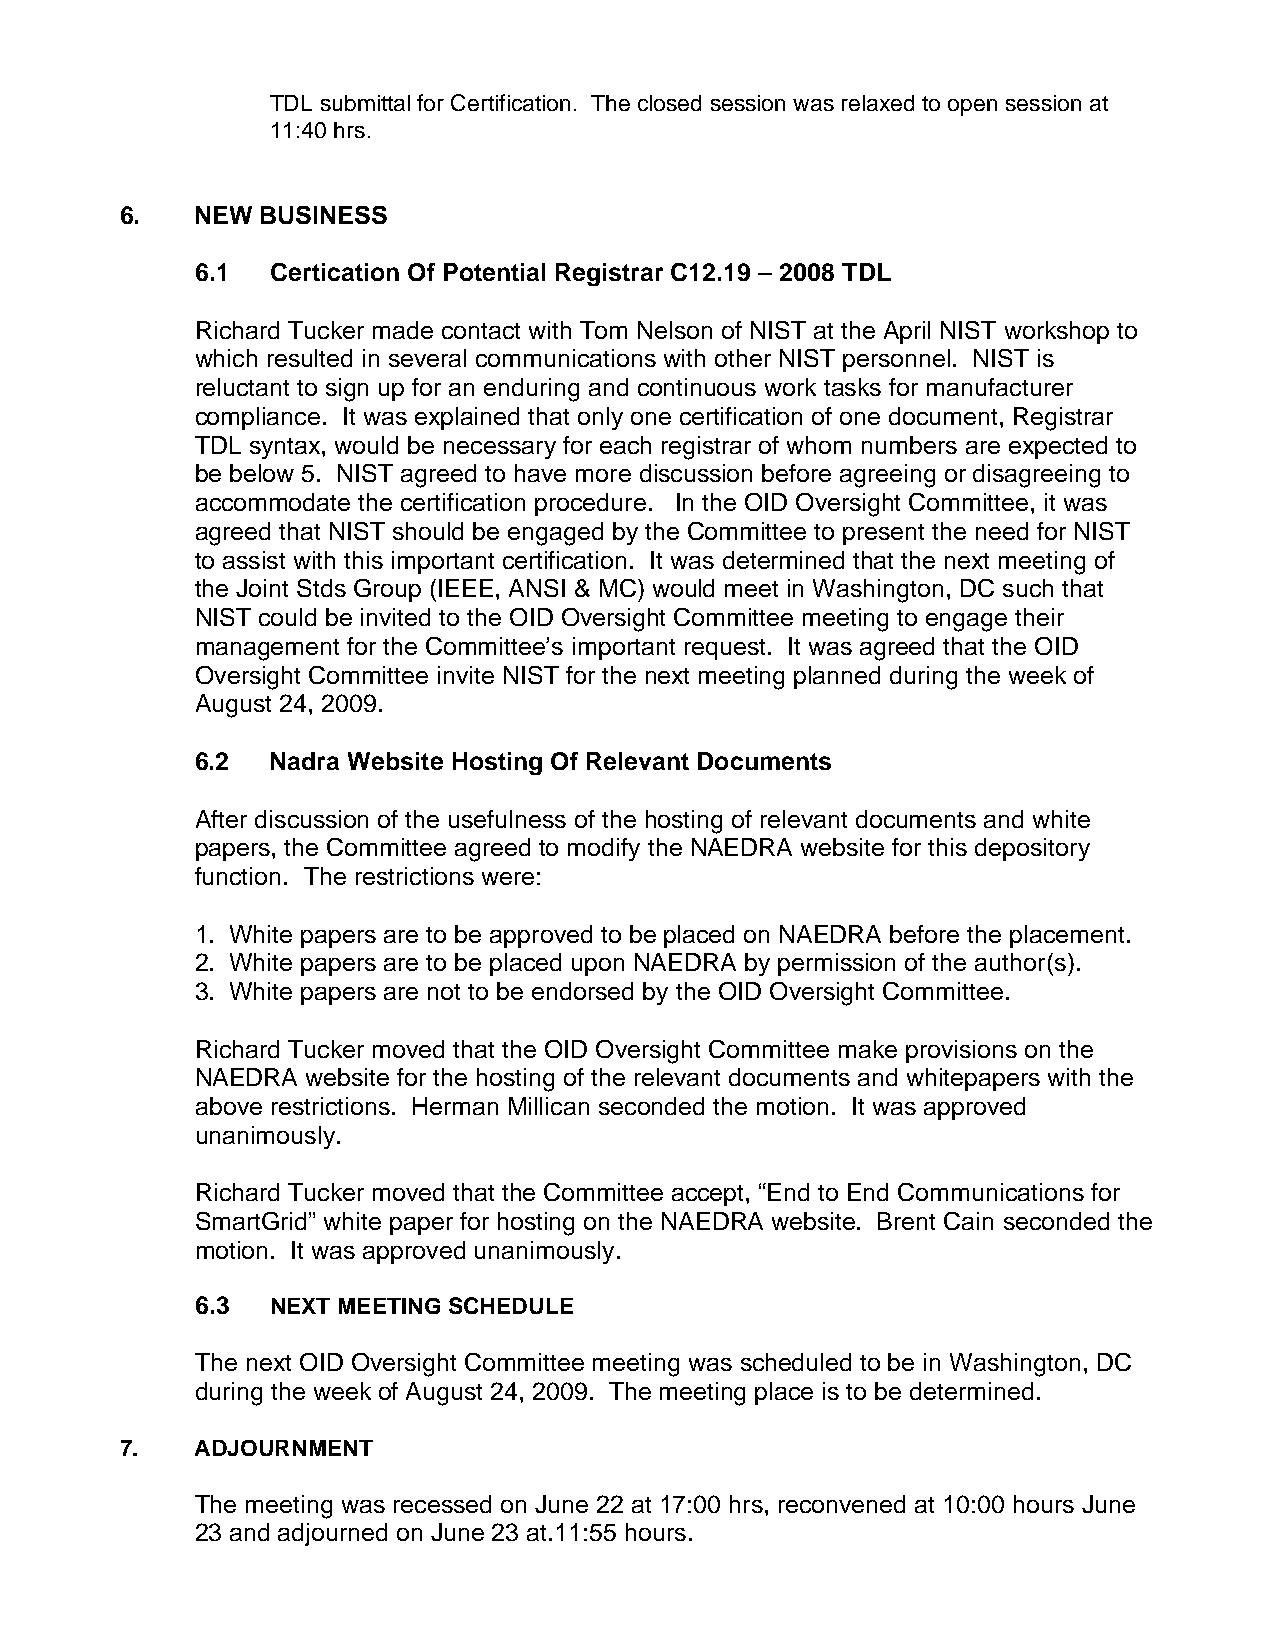
TDL submittal for Certification. The closed session was relaxed to open session at
 11:40 hrs.
 6.   NEW BUSINESS
 6.1  Certication Of Potential Registrar C12.19 – 2008 TDL
 Richard Tucker made contact with Tom Nelson of NIST at the April NIST workshop to
 which resulted in several communications with other NIST personnel. NIST is
 reluctant to sign up for an enduring and continuous work tasks for manufacturer
 compliance. It was explained that only one certification of one document, Registrar
 TDL syntax, would be necessary for each registrar of whom numbers are expected to
 be below 5. NIST agreed to have more discussion before agreeing or disagreeing to
 accommodate the certification procedure. In the OID Oversight Committee, it was
 agreed that NIST should be engaged by the Committee to present the need for NIST
 to assist with this important certification. It was determined that the next meeting of
 the Joint Stds Group (IEEE, ANSI & MC) would meet in Washington, DC such that
 NIST could be invited to the OID Oversight Committee meeting to engage their
 management for the Committee’s important request. It was agreed that the OID
 Oversight Committee invite NIST for the next meeting planned during the week of
 August 24, 2009.
 6.2  Nadra Website Hosting Of Relevant Documents
 After discussion of the usefulness of the hosting of relevant documents and white
 papers, the Committee agreed to modify the NAEDRA website for this depository
 function. The restrictions were:
 1. White papers are to be approved to be placed on NAEDRA before the placement.
 2. White papers are to be placed upon NAEDRA by permission of the author(s).
 3. White papers are not to be endorsed by the OID Oversight Committee.
 Richard Tucker moved that the OID Oversight Committee make provisions on the
 NAEDRA website for the hosting of the relevant documents and whitepapers with the
 above restrictions. Herman Millican seconded the motion. It was approved
 unanimously.
 Richard Tucker moved that the Committee accept, “End to End Communications for
 SmartGrid” white paper for hosting on the NAEDRA website. Brent Cain seconded the
 motion. It was approved unanimously.
 6.3  NEXT MEETING SCHEDULE
 The next OID Oversight Committee meeting was scheduled to be in Washington, DC
 during the week of August 24, 2009. The meeting place is to be determined.
 7.   ADJOURNMENT
 The meeting was recessed on June 22 at 17:00 hrs, reconvened at 10:00 hours June
 23 and adjourned on June 23 at.11:55 hours.